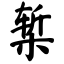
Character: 椠